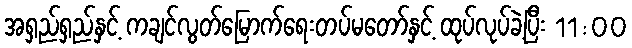
အရှည်ရှည်နှင့် ကချင်လွတ်မြောက်ရေးတပ်မတော်နှင့် ထုပ်လုပ်ခဲ့ပြီး 11:00